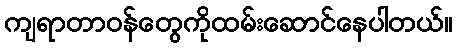
ကျရာတာဝန်တွေကိုထမ်းဆောင်နေပါတယ်။